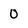
Character: 0